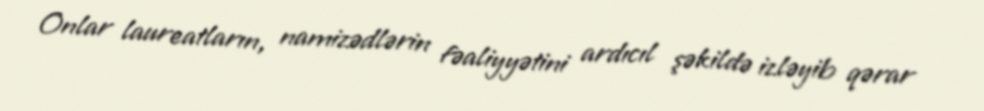
Onlar laureatların, namizədlərin fəaliyyətini ardıcıl şəkildə izləyib qərar